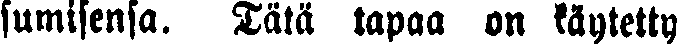
sumisensa. Tätä tapaa on käytetty